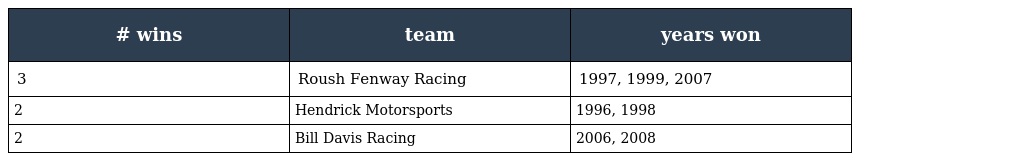
| # wins | team | years won |
 | --- | --- | --- |
 | 3 | Roush Fenway Racing | 1997, 1999, 2007 |
 | 2 | Hendrick Motorsports | 1996, 1998 |
 | 2 | Bill Davis Racing | 2006, 2008 |